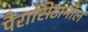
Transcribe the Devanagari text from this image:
पैरासिटामॉल